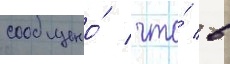
сообщено́ / что́ в